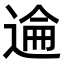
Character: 𫐮